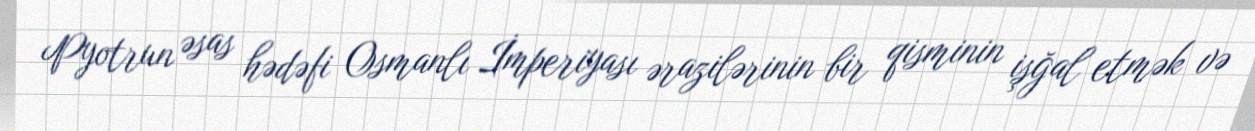
Pyotrun əsas hədəfi Osmanlı İmperiyası ərazilərinin bir qisminin işğal etmək və